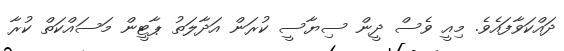
ދައްކަވާފައެވެ. މިއީ ވެސް ދީން ސިޔާސީ ކުރަން އަދާލަތު ޕާޓީން މަސައްކަތް ކުރާ